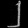
Digit: ၂